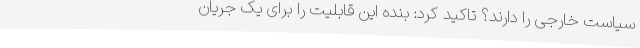
سیاست خارجی را دارند؟ تاکید کرد: بنده این قابلیت را برای یک جریان